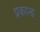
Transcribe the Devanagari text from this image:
प्रकान्ड